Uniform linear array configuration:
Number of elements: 32
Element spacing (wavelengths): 1
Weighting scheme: cosine
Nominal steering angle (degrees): -60
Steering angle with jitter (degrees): -58.552
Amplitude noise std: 0.05
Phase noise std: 0.05

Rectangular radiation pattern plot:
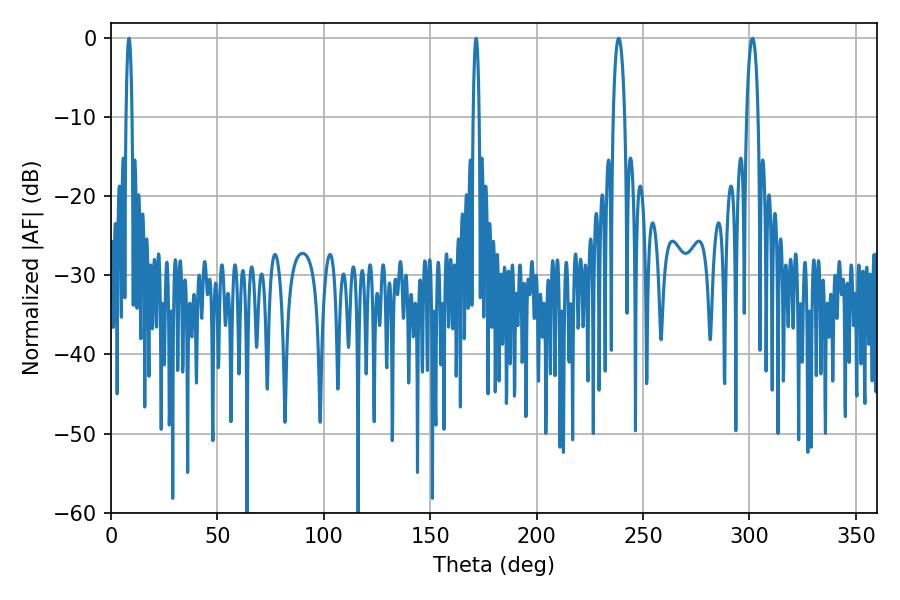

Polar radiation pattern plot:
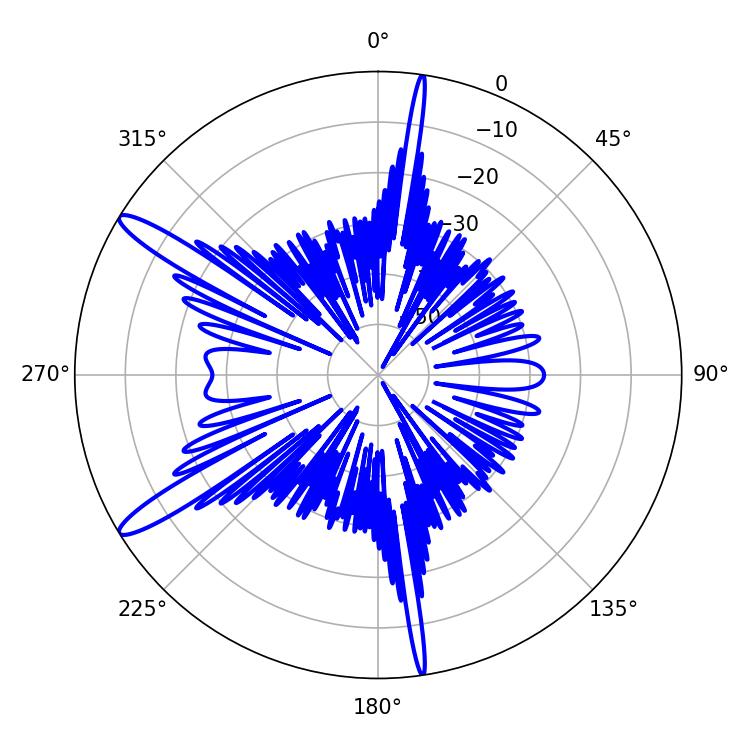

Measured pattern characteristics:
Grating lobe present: TRUE
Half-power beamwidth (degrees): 1.44
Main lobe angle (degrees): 171.54